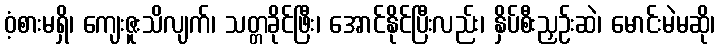
ဝံ့စားမရှိ၊ ကျေးဇူးသိလျက်၊ သတ္တခိုင်ဖြီး၊ အောင်နိုင်ပြီးလည်း၊ နှိပ်စီးညှဉ်းဆဲ၊ မောင်းမဲမဆို၊